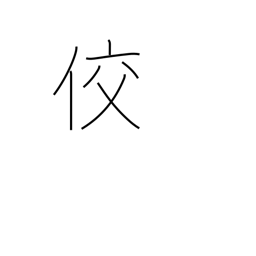
Meaning: sly